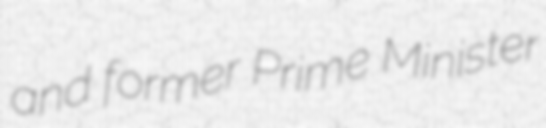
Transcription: and former Prime Minister